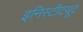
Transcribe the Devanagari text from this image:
इनिस्टीटयूट